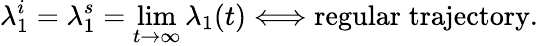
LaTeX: \lambda_{1}^{i}=\lambda_{1}^{s}=\operatorname*{lim}_{t\to\infty}\lambda_{1}(t)\Longleftrightarrow\mathrm{regular\; trajectory}.